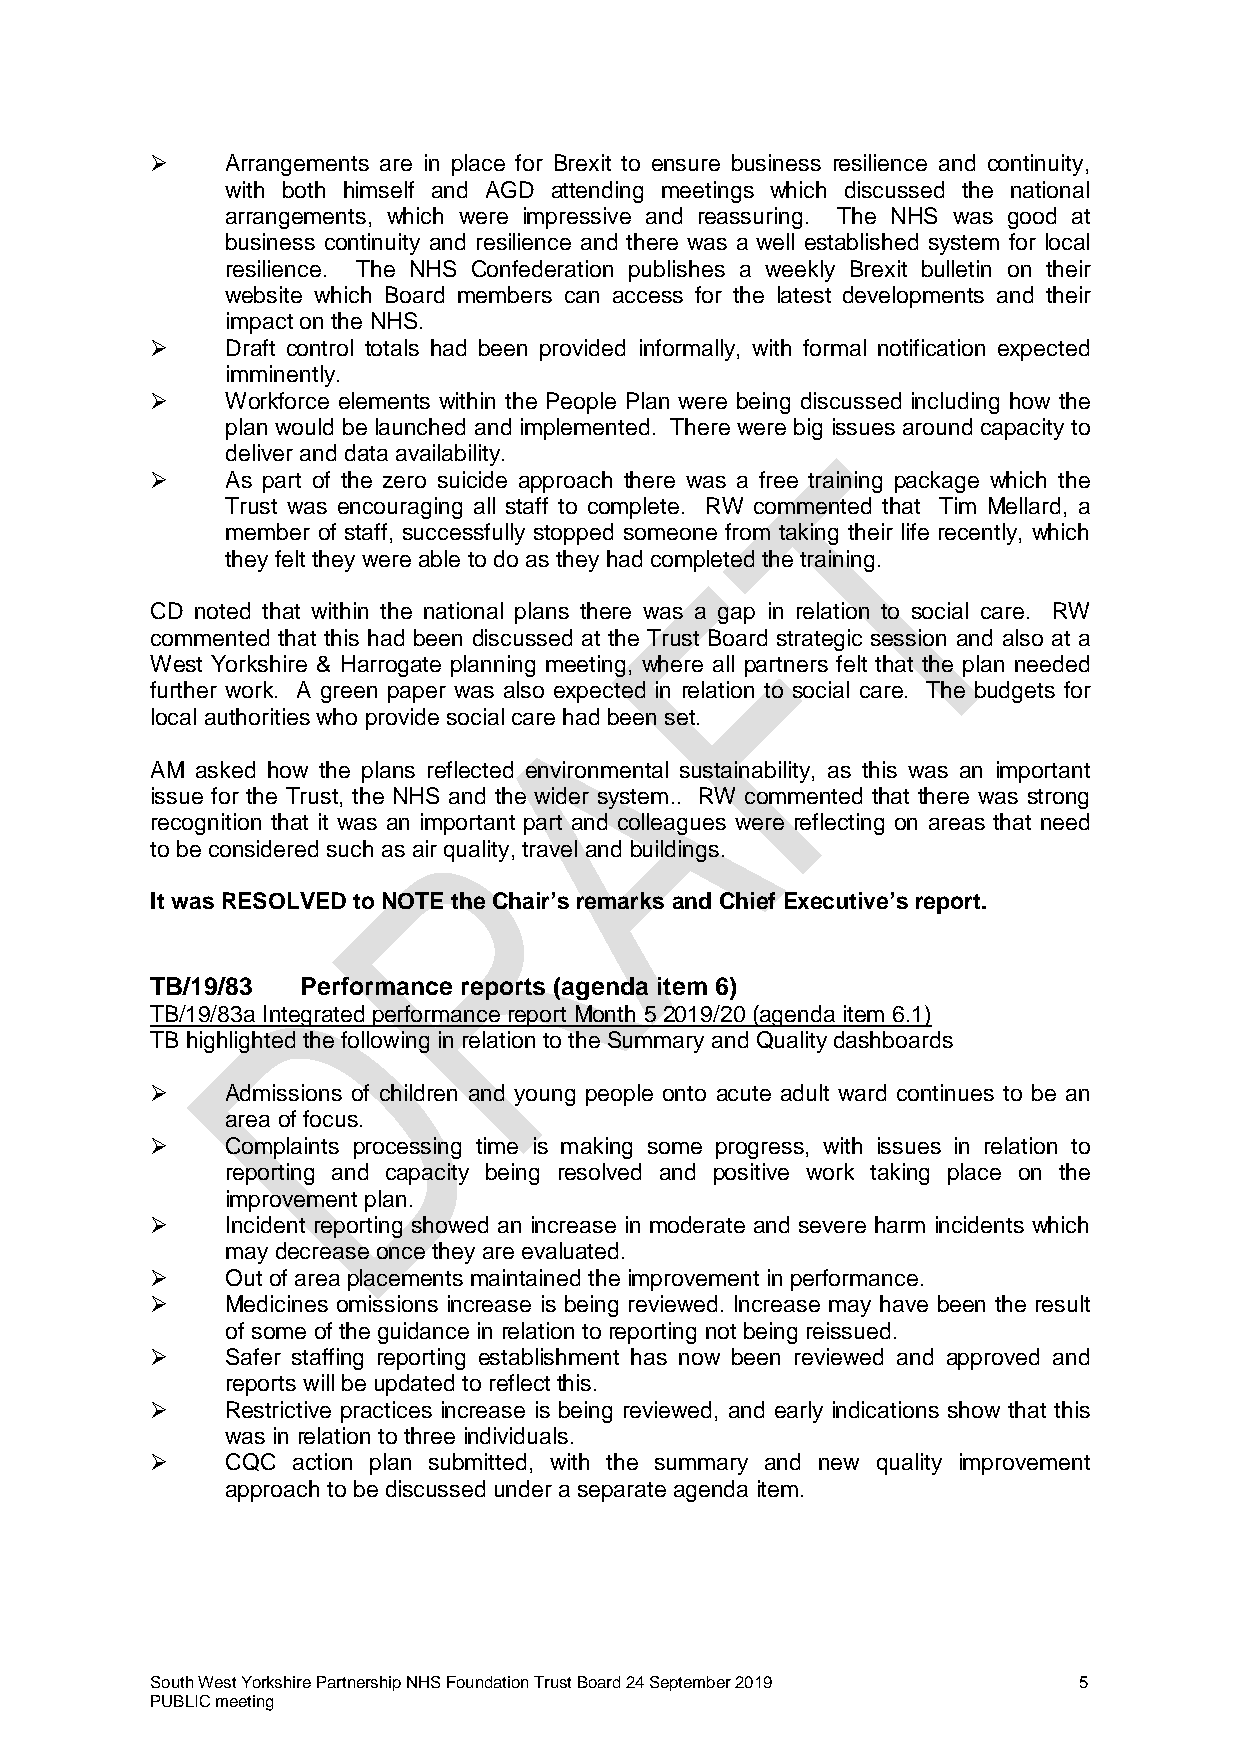
    Arrangements are in place for Brexit to ensure business resilience and continuity,
 with both himself and AGD attending meetings which discussed the national
 arrangements, which were impressive and reassuring. The NHS was good at
 business continuity and resilience and there was a well established system for local
 resilience. The NHS Confederation publishes a weekly Brexit bulletin on their
 website which Board members can access for the latest developments and their
 impact on the NHS.
     Draft control totals had been provided informally, with formal notification expected
 imminently.
     Workforce elements within the People Plan were being discussed including how the
 plan would be launched and implemented. There were big issues around capacity to
 deliver and data availability.
     As part of the zero suicide approach there was a free training package which the
 Trust was encouraging all staff to complete. RW commented that Tim Mellard, a
 member of staff, successfully stopped someone from taking their life recently, which
 they felt they were able to do as they had completed the training.
 CD noted that within the national plans there was a gap in relation to social care. RW
 commented that this had been discussed at the Trust Board strategic session and also at a
 West Yorkshire & Harrogate planning meeting, where all partners felt that the plan needed
 further work. A green paper was also expected in relation to social care. The budgets for
 local authorities who provide social care had been set.
 AM asked how the plans reflected environmental sustainability, as this was an important
 issue for the Trust, the NHS and the wider system.. RW commented that there was strong
 recognition that it was an important part and colleagues were reflecting on areas that need
 to be considered such as air quality, travel and buildings.
 It was RESOLVED to NOTE the Chair’s remarks and Chief Executive’s report.
 TB/19/83  Performance reports (agenda item 6)
 TB/19/83a Integrated performance report Month 5 2019/20 (agenda item 6.1)
 TB highlighted the following in relation to the Summary and Quality dashboards
     Admissions of children and young people onto acute adult ward continues to be an
 area of focus.
     Complaints processing time is making some progress, with issues in relation to
 reporting and capacity being resolved and positive work taking place on the
 improvement plan.
     Incident reporting showed an increase in moderate and severe harm incidents which
 may decrease once they are evaluated.
     Out of area placements maintained the improvement in performance.
     Medicines omissions increase is being reviewed. Increase may have been the result
 of some of the guidance in relation to reporting not being reissued.
     Safer staffing reporting establishment has now been reviewed and approved and
 reports will be updated to reflect this.
     Restrictive practices increase is being reviewed, and early indications show that this
 was in relation to three individuals.
     CQC action plan submitted, with the summary and new quality improvement
 approach to be discussed under a separate agenda item.
 South West Yorkshire Partnership NHS Foundation Trust Board 24 September 2019 5
 PUBLIC meeting